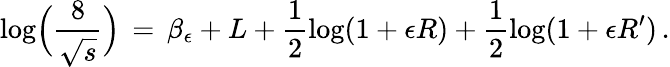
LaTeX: \log\Bigl(\frac{8}{\sqrt{s}}\Bigr)\, =\, \beta_{\epsilon}+L+\frac{1}{2}\log(1+\epsilon R)+\frac{1}{2}\log(1+\epsilon R^{\prime})\, .